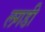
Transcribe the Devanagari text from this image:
लगडी